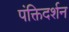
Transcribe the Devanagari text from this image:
पंक्तिदर्शन